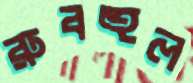
রুবহুল